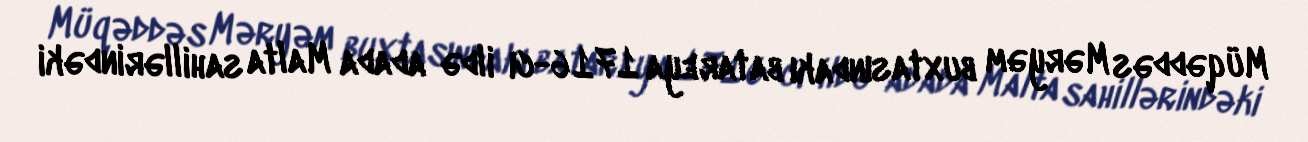
Müqəddəs Məryəm buxtasındakı batareya 1716-cı ildə adada Malta sahillərindəki